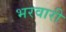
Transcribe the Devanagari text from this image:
भरवारी